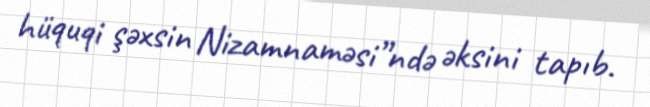
hüquqi şəxsin Nizamnaməsi”ndə əksini tapıb.